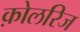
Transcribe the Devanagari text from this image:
क़ोलरिज